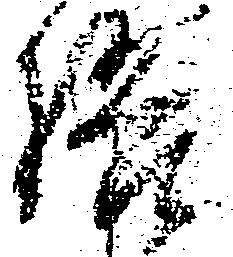
語